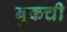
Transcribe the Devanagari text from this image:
बुकची